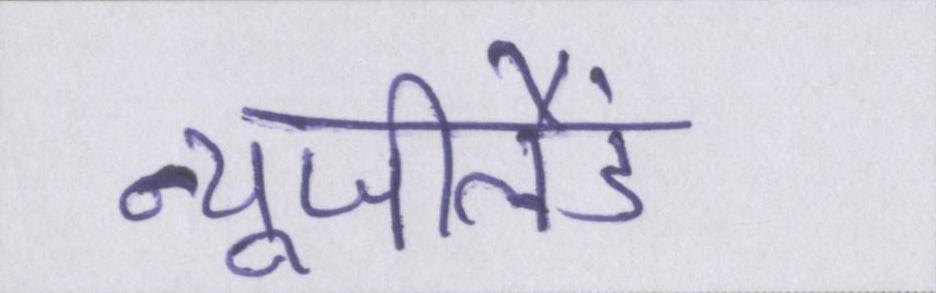
न्यूजीलैंड